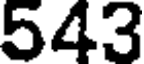
543